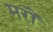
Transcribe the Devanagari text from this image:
मरौं